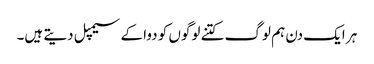
ہر ایک دن ہم لوگ کتنے لوگوں کو دوا کے سیمپل دیتے ہیں۔